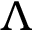
\Lambda